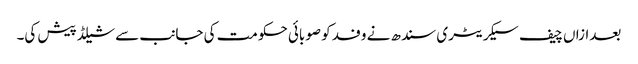
بعدازاں چیف سیکریٹری سندھ نے وفد کو صوبائی حکومت کی جانب سے شیلڈ پیش کی۔